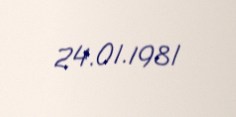
24.01.1981